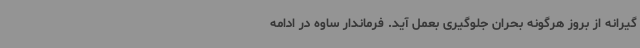
گیرانه از بروز هرگونه بحران جلوگیری بعمل آید. فرماندار ساوه در ادامه